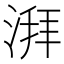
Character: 湃